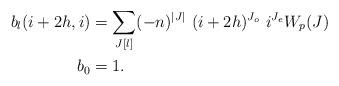
LaTeX: \begin{align*}b_l(i+2h,i) &= \sum_{J[l]} (-n)^{|J|} \ (i + 2h)^{J_o} \ i^{J_e} W_p(J) \\b_0 &= 1.\end{align*}